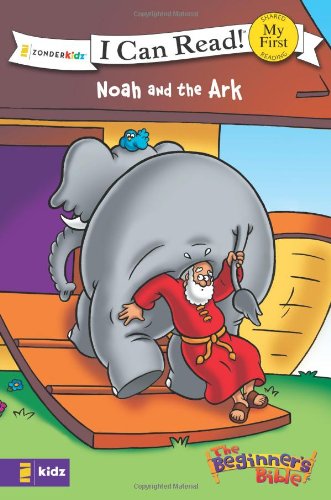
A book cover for Noah and the Ark (I Can Read! / The Beginner's Bible); Christian Books & Bibles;